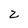
Character: z